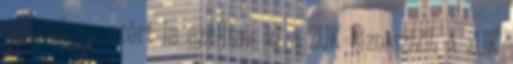
eustock.eu, ezért is szálltak ki a ZUK-bizniszből. A ZUK